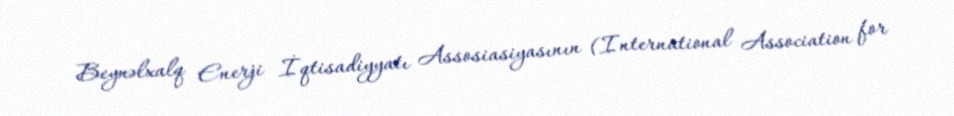
Beynəlxalq Enerji İqtisadiyyatı Assosiasiyasının (International Association for